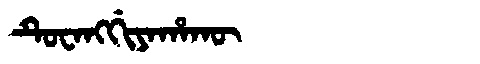
Manchu: ᡨᡠᠸᠠᠩᡤᡳᠶᠠᡥᠠᡴᡡ
Romanization: TUWANGGIYAHAKŪ